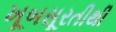
ખૂબસૂરતીથી